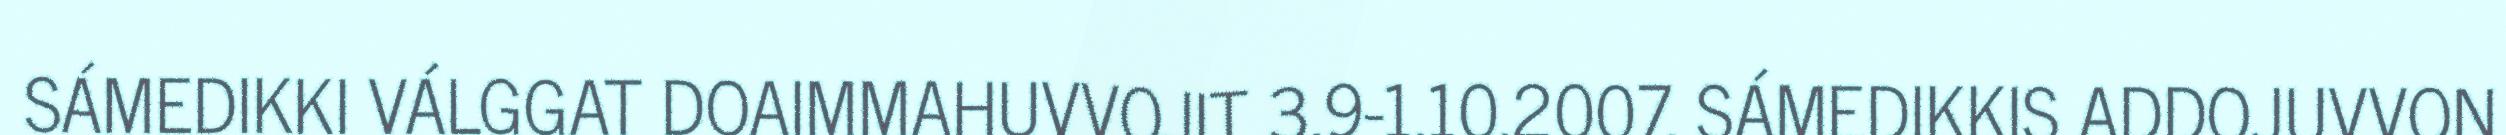
SÁMEDIKKI VÁLGGAT DOAIMMAHUVVOJIT 3.9-1.10.2007. SÁMEDIKKIS ADDOJUVVON